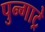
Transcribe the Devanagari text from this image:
पुन्गाट्रे